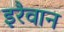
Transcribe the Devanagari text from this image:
इरैवान